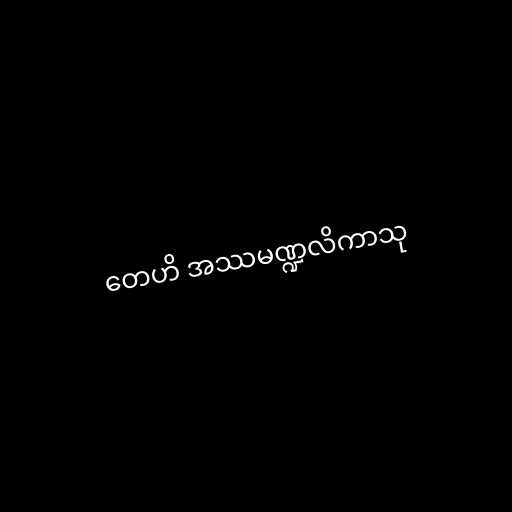
တေဟိ အဿမဏ္ဍလိကာသု